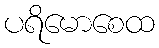
ပရိမောစေထ